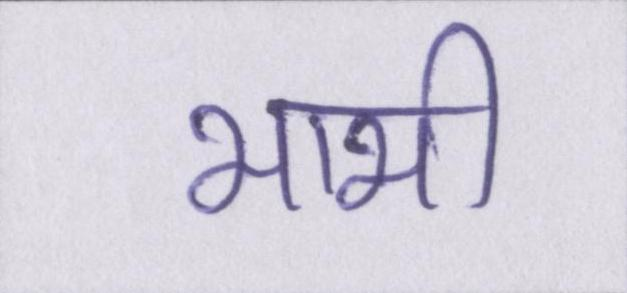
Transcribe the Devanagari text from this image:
भाभी